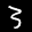
Label: 3